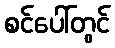
စင်ပေါ်တွင်